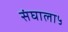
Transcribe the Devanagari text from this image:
संघाला५